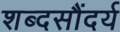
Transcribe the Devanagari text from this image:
शब्दसौंदर्य